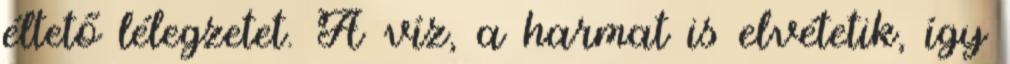
éltető lélegzetet. A víz, a harmat is elvétetik, így